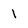
Character: l